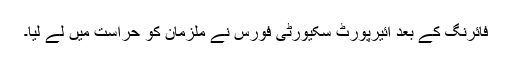
فائرنگ کے بعد ائیرپورٹ سکیورٹی فورس نے ملزمان کو حراست میں لے لیا۔